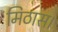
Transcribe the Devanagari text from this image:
मिठास।